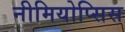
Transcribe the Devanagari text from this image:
नीमियोप्सिस